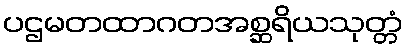
ပဌမတထာဂတအစ္ဆရိယသုတ္တံ